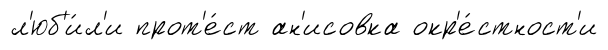
л'юб'и́л'и прот'е́ст ан'исовка окр'е́стност'и